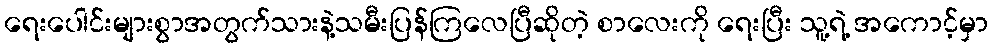
ရေးပေါင်းများစွာအတွက်သားနဲ့သမီးပြန်ကြလေပြီဆိုတဲ့ စာလေးကို ရေးပြီး သူ့ရဲ့ အကောင့်မှာ